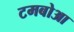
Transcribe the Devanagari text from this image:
टमबोआ